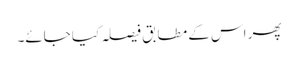
پھر اس کے مطابق فیصلہ کیا جائے۔